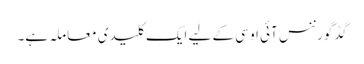
گڈ گورننس آئی او سی کے لیے ایک کلیدی معاملہ ہے۔